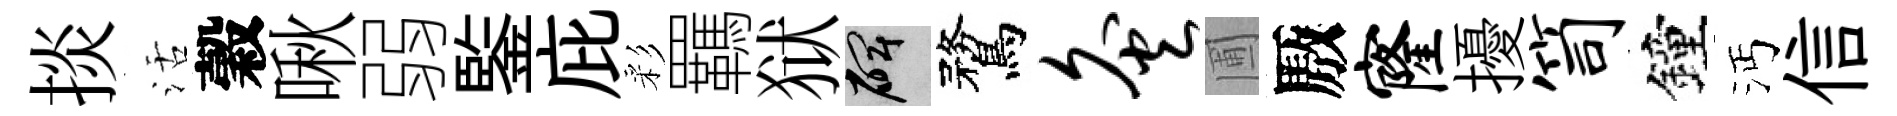
掞活穀啾弱鍳庇彩羈狱碑鶩灸圃厫窿擾笥鐘沔信